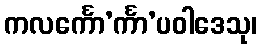
ကလင်္ကော’င်္ကာ’ပဝါဒေသု၊